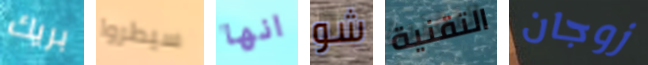
بريك سيطروا انها شو التقنية زوجان